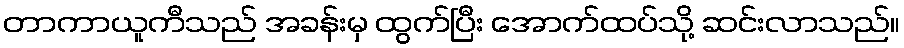
တာကာယူကီသည် အခန်းမှ ထွက်ပြီး အောက်ထပ်သို့ ဆင်းလာသည်။